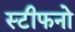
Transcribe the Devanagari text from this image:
स्टीफनो